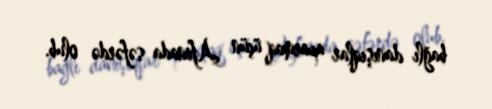
bağlı danışıqlar aparmaq üçün Afinada səfərdə olub.